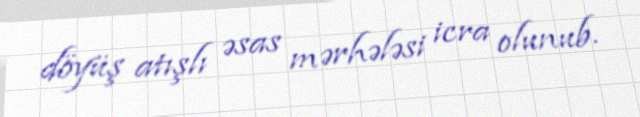
döyüş atışlı əsas mərhələsi icra olunub.